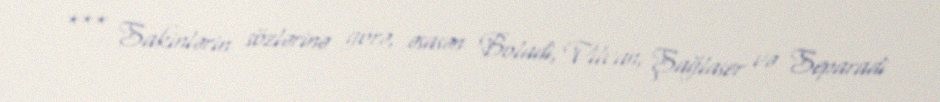
*** Sakinlərin sözlərinə görə, əsasən Boladi, Vilvan, Şağlaser və Separadi